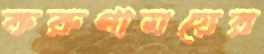
করুণাময়ের